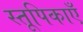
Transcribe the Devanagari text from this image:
स्तूपिकाएँ